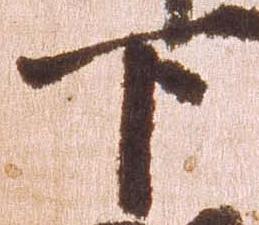
下